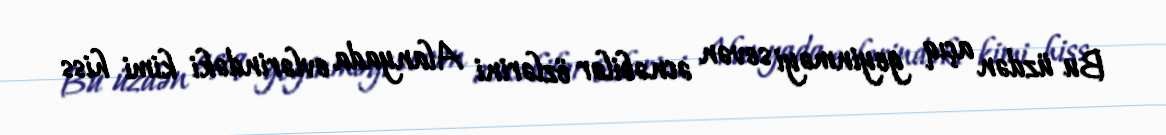
Bu üzdən açıq geyinməyi sevən əcnəbilər özlərini Alanyada evlərindəki kimi hiss